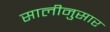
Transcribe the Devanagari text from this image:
सालीनुसार